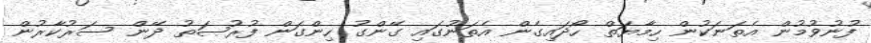
ފުނުވުމުން އެތަނަކުން ހިމާޔަތް ހޯދައިގެން އެތަނުގައި ގޭންގު ހިންގަން ފުރުޞަތު ދޭން ސަރުކާރުން